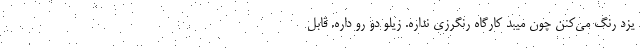
یزد رنگ می‌کنن چون میبد کارگاه رنگرزی نداره. زیلو دو رو داره. قابل